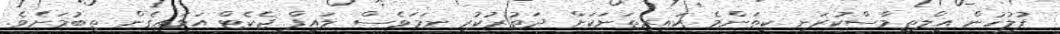
ފުލުހުން އިލްތިމާސްކުރަނީ ކިތަންމެ ކައިރިތަނަކަށް ދަތުރުކުރި ނަމަވެސް ލައިފް ޖެކެޓް އަޅައިގެން ތިބުމަށެވެ.